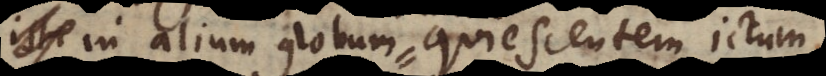
t et in alium globum quiescentem ictum